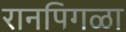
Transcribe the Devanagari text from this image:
रानपिगळा